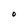
Character: O